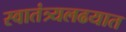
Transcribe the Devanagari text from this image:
स्वातंत्र्यलढयात